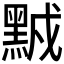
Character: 𪑆